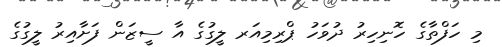
މި ހަފްތާގެ ހޮނިހިރު ދުވަހު ޕްރިމިއަރ ލީގުގެ އާ ސީޒަން ފަށާއިރު ލީގުގެ